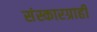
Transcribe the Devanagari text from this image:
संस्कारग्राही